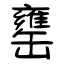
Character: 罋